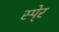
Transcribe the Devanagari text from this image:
स्पे्र